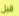
قبل